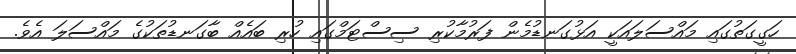
ހަގީގަތުގައި މައްސަލައަކީ އަޅުގަނޑުމެން ފަރުމާކުރި ސިސްޓަމްގައި ހުރި ބައެއް ބާގަނޑުތަކުގެ މައްސަލަ އެވެ.